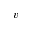
v